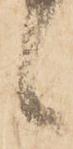
候